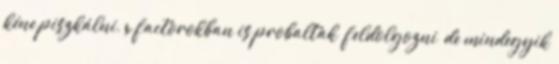
kéne piszkálni, x factorokban is probaltak “feldolgozni” de mindegyik